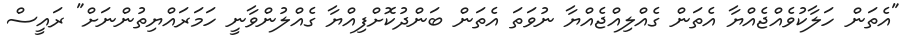
"އެތަން ހަލާކުވެއްޖެއްޔާ އެތަން ގެއްލިއްޖެއްޔާ ނުވަތަ އެތަން ބަންދުކޮށްފިއްޔާ ގެއްލުންވާނީ ހަމަރައްޔިތުންނަށް" ރައީސް